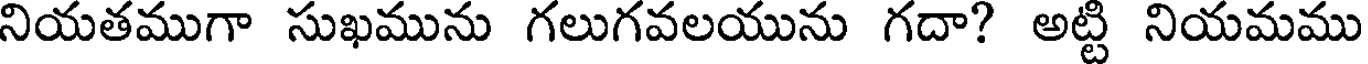
నియతముగా సుఖమును గలుగవలయును గదా? అట్టి నియమము